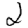
Digit: 2